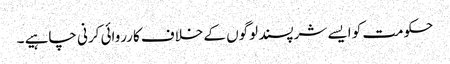
حکومت کو ایسے شرپسند لوگوں کے خلاف کارروائی کرنی چاہیے ۔